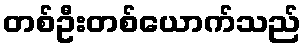
တစ်ဦးတစ်ယောက်သည်